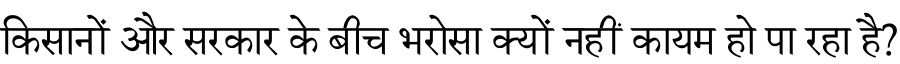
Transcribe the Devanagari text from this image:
किसानों और सरकार के बीच भरोसा क्यों नहीं कायम हो पा रहा है?